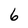
Character: 6